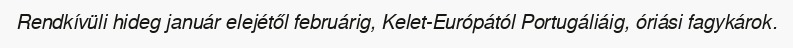
Rendkívüli hideg január elejétől februárig, Kelet-Európától Portugáliáig, óriási fagykárok.